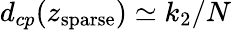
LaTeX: d_{cp}(z_{\mathrm{sparse}})\simeq k_{2}/N